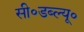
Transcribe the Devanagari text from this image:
सी॰डब्ल्यू॰